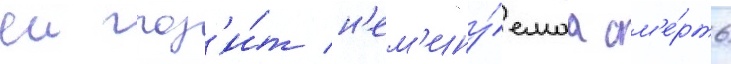
еи гроз'и́т н'ем'ину́емаа см'е́рть